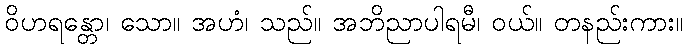
ဝိဟရန္တော၊ သော။ အဟံ၊ သည်။ အဘိညာပါရမီ၊ ဝယ်။ တနည်းကား။